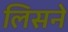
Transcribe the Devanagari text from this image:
लिसने